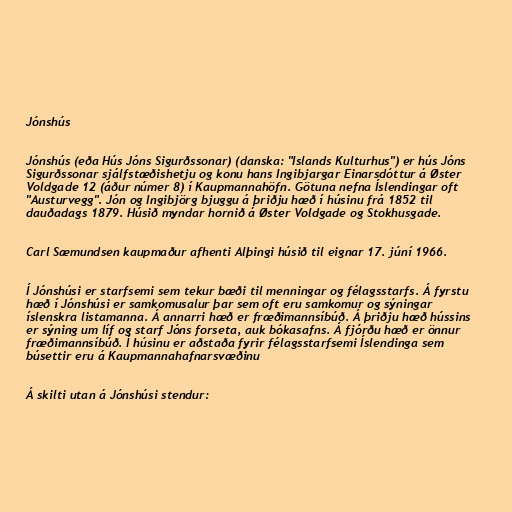
Jónshús

Jónshús (eða Hús Jóns Sigurðssonar) (danska: "Islands Kulturhus") er hús Jóns
Sigurðssonar sjálfstæðishetju og konu hans Ingibjargar Einarsdóttur á Øster
Voldgade 12 (áður númer 8) í Kaupmannahöfn. Götuna nefna Íslendingar oft
"Austurvegg". Jón og Ingibjörg bjuggu á þriðju hæð í húsinu frá 1852 til
dauðadags 1879. Húsið myndar hornið á Øster Voldgade og Stokhusgade.

Carl Sæmundsen kaupmaður afhenti Alþingi húsið til eignar 17. júní 1966.

Í Jónshúsi er starfsemi sem tekur bæði til menningar og félagsstarfs. Á fyrstu
hæð í Jónshúsi er samkomusalur þar sem oft eru samkomur og sýningar
íslenskra listamanna. Á annarri hæð er fræðimannsíbúð. Á þriðju hæð hússins
er sýning um líf og starf Jóns forseta, auk bókasafns. Á fjórðu hæð er önnur
fræðimannsíbúð. Í húsinu er aðstaða fyrir félagsstarfsemi Íslendinga sem
búsettir eru á Kaupmannahafnarsvæðinu

Á skilti utan á Jónshúsi stendur: